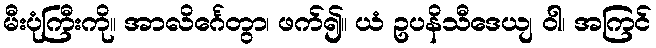
မီးပုံကြီးကို။ အာလိင်္ဂေတွာ၊ ဖက်၍။ ယံ ဥပနိသီဒေယျ ဝါ၊ အကြင်